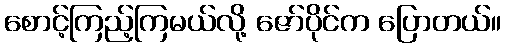
စောင့်ကြည့်ကြမယ်လို့ ဇော်ပိုင်က ပြောတယ်။